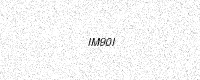
Text: IM90I